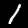
Digit: 1